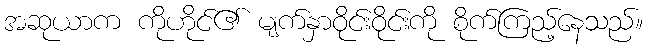
အဆုယာက ကိုဟိုင်၏ မျက်နှာဝိုင်းဝိုင်းကို စိုက်ကြည့်နေသည်။